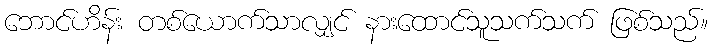
ဘောင်ဟိန်း တစ်ယောက်သာလျှင် နားထောင်သူသက်သက် ဖြစ်သည်။